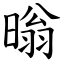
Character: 暡